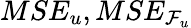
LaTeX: MSE_{u},MSE_{\mathcal{F}_{u}}